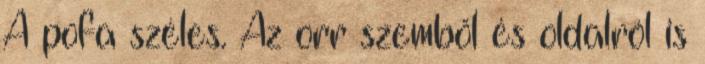
A pofa széles. Az orr szemből és oldalról is